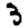
Digit: 3